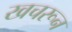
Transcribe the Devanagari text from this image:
खचरून